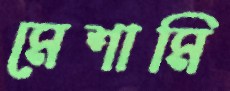
মেশামি